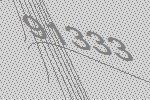
91333